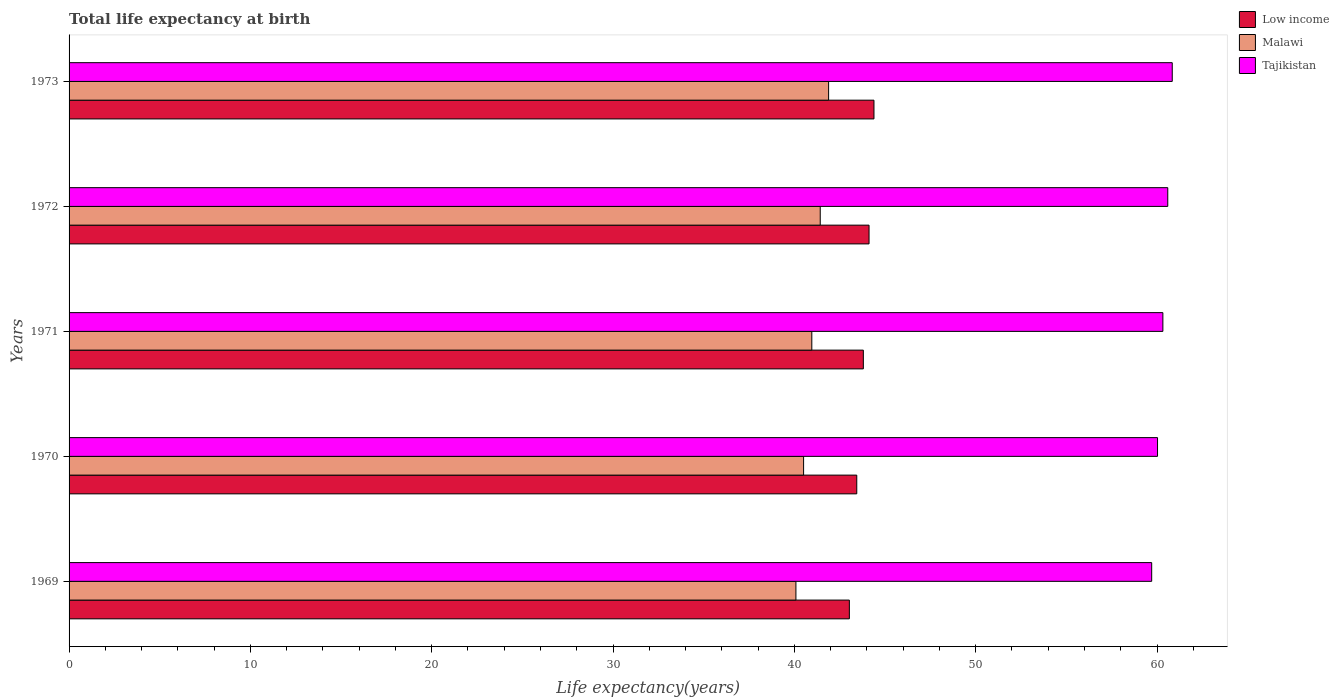
| Years | Low income | Malawi | Tajikistan |
 | --- | --- | --- | --- |
 | 1969 | 43 | 40.1 | 59.7 |
 | 1970 | 43.4 | 40.5 | 60 |
 | 1971 | 43.8 | 41 | 60.3 |
 | 1972 | 44.1 | 41.4 | 60.6 |
 | 1973 | 44.4 | 41.9 | 60.8 |